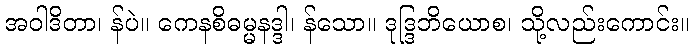
အဝါဒိတာ၊ န်ပဲ။ ကေနစိဓမ္မနဒ္ဒါ၊ န်သော။ ဒုဒ္ဒြဘိယောစ၊ သို့လည်းကောင်း။